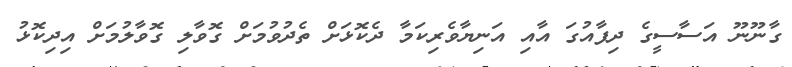
ގާނޫނޫ އަސާސީގެ ދިފާއުގަ އާއި އަނިޔާވެރިކަމާ ދެކޮޅަަށް ތެދުވުމަށް ގޮވާލި ގޮވާލުމަށް އިދިކޮޅު